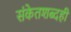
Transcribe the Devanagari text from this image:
संकेतशब्दही